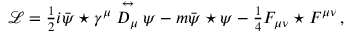
\mathcal { L } = \textstyle \frac { 1 } { 2 } i \bar { \psi } \star \gamma ^ { \mu } \stackrel { \leftrightarrow } { D _ { \mu } } \psi - m \bar { \psi } \star \psi - \textstyle \frac { 1 } { 4 } F _ { \mu \nu } \star F ^ { \mu \nu } \, ,